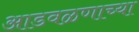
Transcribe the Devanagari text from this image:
आडवळणाच्या